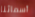
أسمائنا